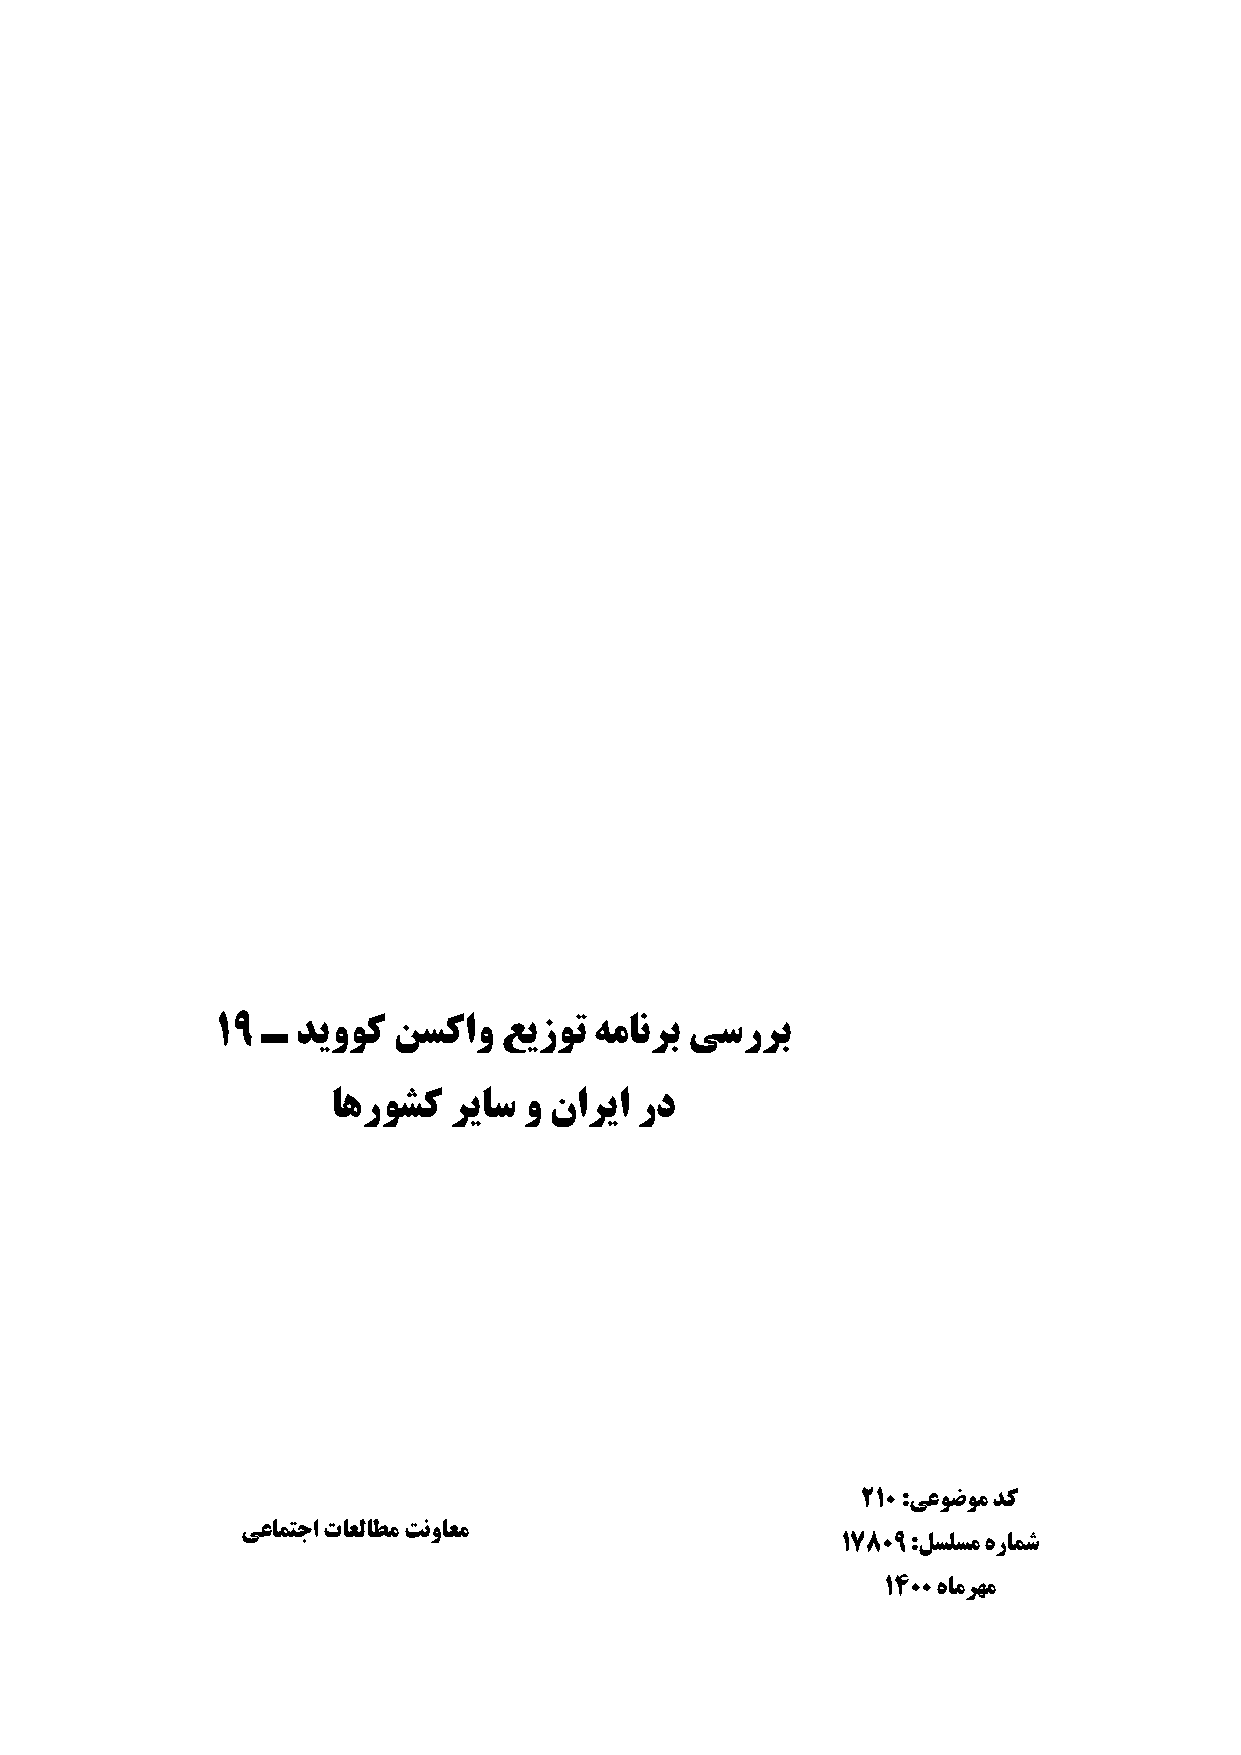
19 ـ  ديووك نسكاو  عيزوت همانرب يسررب
 اهروشك  رياس و ناريا رد
 210 :يعوضوم دك
 يعامتجا تاعلاطم تنواعم
 17809 :لسلسم هرامش
 1400 هامرهم